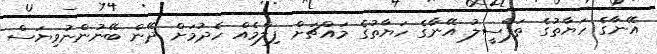
އޭނާގެ ހަޔާތުގެ ތަފްސީލު އޭނާގެ ހަޔާތުގެ މައްޗަށް ފިލްމެއް ހެދުމަށް ދޭން ބޭނުންނުވިޔަސް